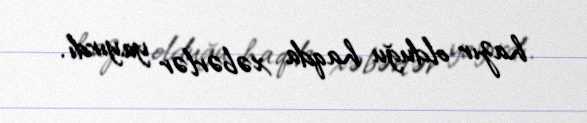
hazır olduğu haqda xəbərlər yayırdı.